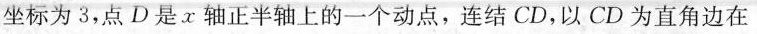
坐标为3，点 D 是 x 轴正半轴上的一个动点，连结CD，以CD为直角边在